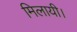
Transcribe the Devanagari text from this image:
मिलायी।